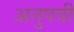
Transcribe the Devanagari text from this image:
अनुपत्री